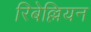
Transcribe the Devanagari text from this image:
रिबेल्लियन